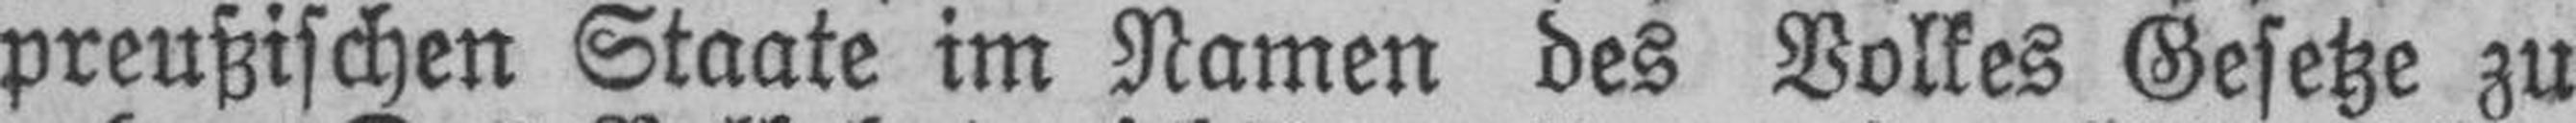
preußischen Staate im Namen des Volkes Gesetze zu